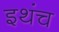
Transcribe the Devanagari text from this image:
इथंच